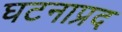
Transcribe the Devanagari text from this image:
घटनाप्रद